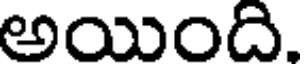
అయింది.